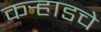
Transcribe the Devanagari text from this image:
कर्‍हाडचे